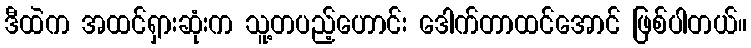
ဒီထဲက အထင်ရှားဆုံးက သူ့တပည့်ဟောင်း ဒေါက်တာထင်အောင် ဖြစ်ပါတယ်။